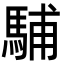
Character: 䮒